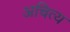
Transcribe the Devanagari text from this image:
अचित्य